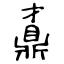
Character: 鼒